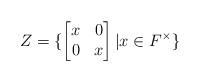
LaTeX: \begin{align*} Z = \{ \begin{bmatrix} x&0 \\ 0&x \end{bmatrix} |x\in F^{\times}\}\end{align*}